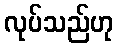
လုပ်သည်ဟု